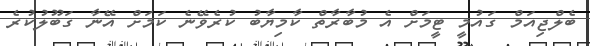
ބެލްޖިއަމް ގައުމީ ޓީމަށް އެ މުބާރާތް ކާމިޔާބު ކުރެވޭނެ ކަމަށް އޭނާ ގަބޫލުކުރެ